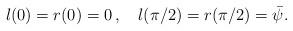
LaTeX: \begin{align*}l(0)=r(0)=0\,,\quad l(\pi /2)=r(\pi /2)={\bar{\psi}}.\end{align*}